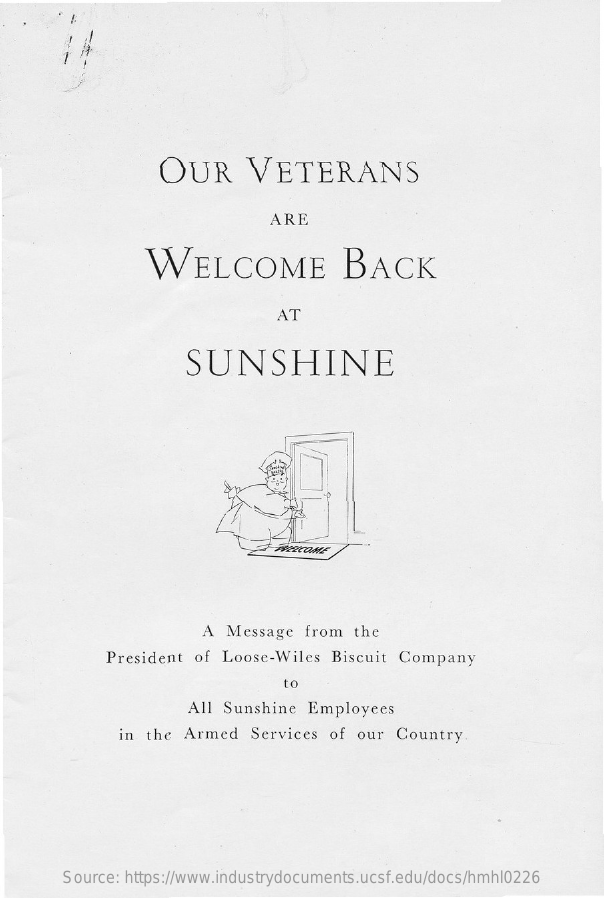
OUR    VETERANS
     ARE
     WELCOME    BACK
     AT
     SUNSHINE
     TVILCOME
     A  Message   from  the
     President  of Loose-Wiles   Biscuit Company
     to
     All Sunshine  Employees
     in the  Armed   Services  of our  Country.
     Source: https://www.industrydocuments.ucsf.edu/docs/hmhl0226